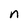
Character: n